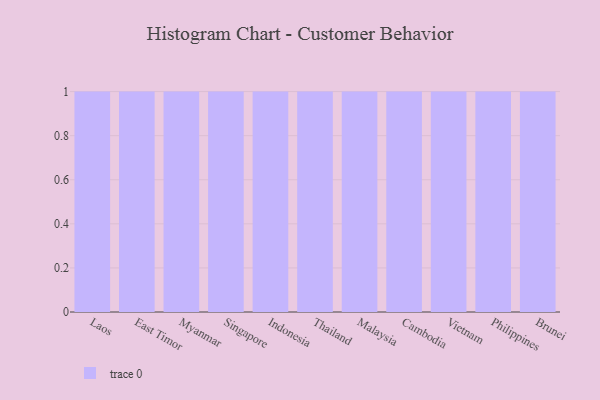
{"axis": {"x": "Country", "y": "Satisfaction Score"}, "legend": [""], "data": [{"x": "Laos", "y": 78, "type": ""}, {"x": "East Timor", "y": 54, "type": ""}, {"x": "Myanmar", "y": 3, "type": ""}, {"x": "Singapore", "y": 9, "type": ""}, {"x": "Indonesia", "y": 88, "type": ""}, {"x": "Thailand", "y": 98, "type": ""}, {"x": "Malaysia", "y": 16, "type": ""}, {"x": "Cambodia", "y": 63, "type": ""}, {"x": "Vietnam", "y": 88, "type": ""}, {"x": "Philippines", "y": 51, "type": ""}, {"x": "Brunei", "y": 56, "type": ""}]}